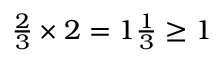
\begin{array} { l } { { \frac { 2 } { 3 } } \times 2 = 1 { \frac { 1 } { 3 } } \geq 1 } \end{array}